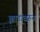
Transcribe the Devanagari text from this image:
झाडांवरुन